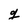
Character: g